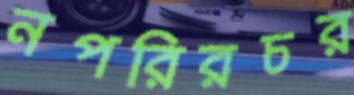
নপরিরচর